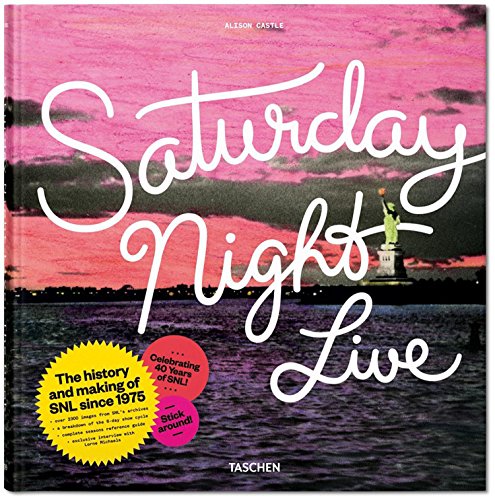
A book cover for Saturday Night Live: The Book; Humor & Entertainment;